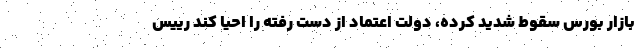
بازار بورس سقوط شدید کرده، دولت اعتماد از دست رفته را احیا کند رییس